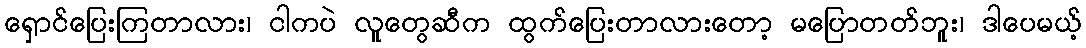
ရှောင်ပြေးကြတာလား၊ ငါကပဲ လူတွေဆီက ထွက်ပြေးတာလားတော့ မပြောတတ်ဘူး၊ ဒါပေမယ့်